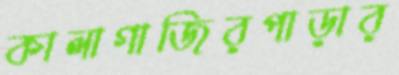
কালাগাজিরপাড়ার